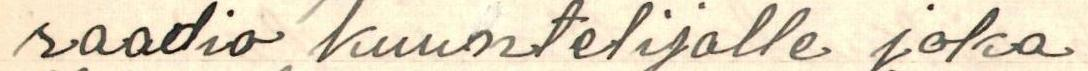
raadio kuuntelijalle joka